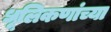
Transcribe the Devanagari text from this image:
धूलिकणांच्या